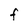
Character: F